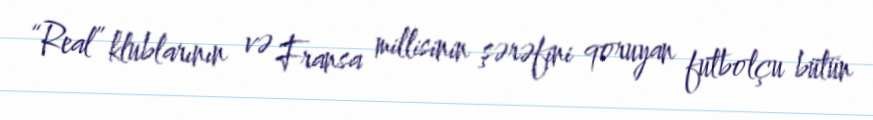
“Real” klublarının və Fransa millisinin şərəfini qoruyan futbolçu bütün